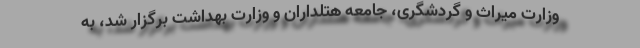
وزارت میراث و گردشگری، جامعه هتلداران و وزارت بهداشت برگزار شد، به